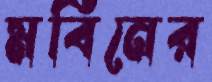
মবিনের